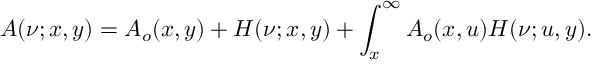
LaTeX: A ( \nu ; x , y ) = A _ { o } ( x , y ) + H ( \nu ; x , y ) + \int _ { x } ^ { \infty } A _ { o } ( x , u ) H ( \nu ; u , y ) .